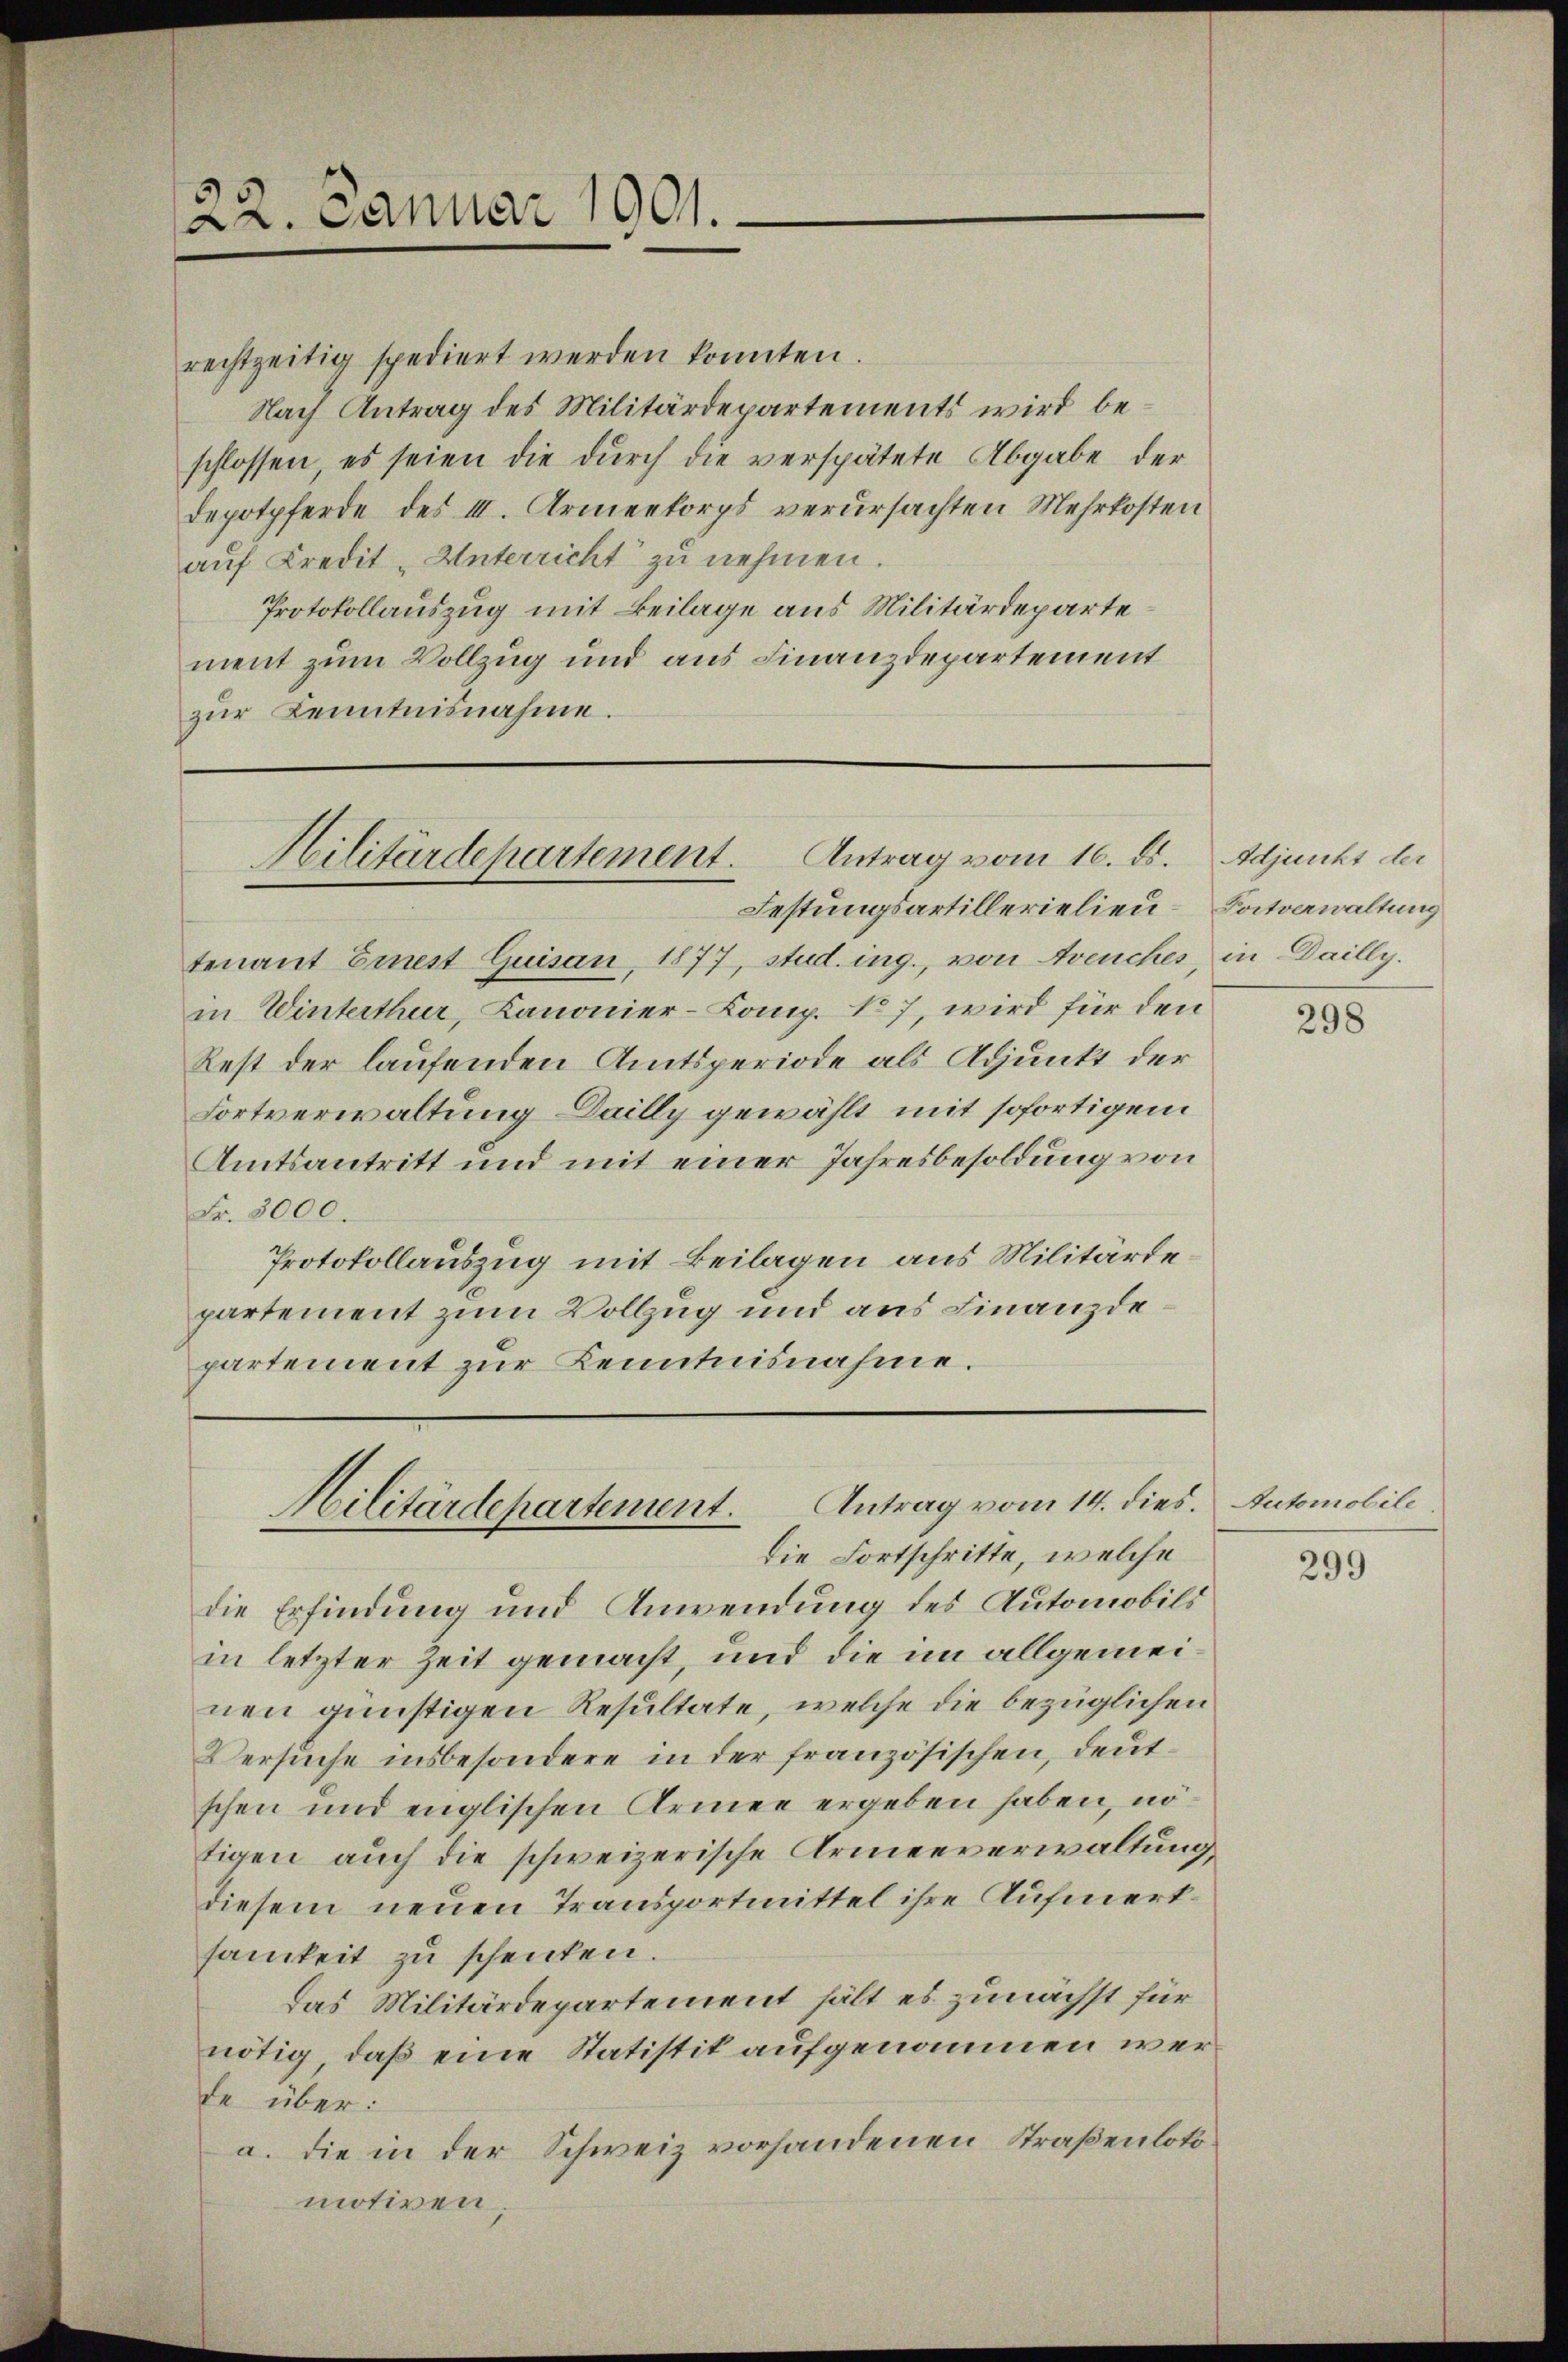
22. Januar 1901.

rechtzeitig spediert werden konnten.
Nach Antrag des Militärdepartements wird beschlossen, es seien die durch die verspätete Abgabe der
Depotpferde des III. Armeekorps verursachten Mehrkosten
auf Kredit-Unterricht zu nehmen.
Protokollauszug mit Beilage aus Militärdepartement zum Vollzug und aus Finanzdepartement
zŭr Kenntnisnahme.

Militärdepartement. Antrag vom 16. ds. Adjunkt der

tenant Einest Quisau, 1877, stud. ing., von Avenches, in Dailly.
in Winterthur, Kanonier-Comp. 17, wird für den
Rest der laufenden Amtsperiode als Adjunkt der
Fortverwaltung Dailly gewählt mit sofortigen
Amtsantritt und mit einer Jahresbesoldung von
Fr. 3000.
Protokollauszug mit Beilagen aus Militärdepartement zum Vollzug und aus Finanzdepartement zur Kenntnisnahme.

Hilitärdepartement. Antrag vom 14. dies. Automobili

Festungsartillerielien-Katoawaltung

die Fortschritte, welche
die Erfindung und Anwendung des Automobils
in letzter Zeit gemacht, und die im allgemeinen günstigen Resultate, welche die bezüglichen
Versuche insbesondere in der französischen, deutschen und englischen Armee ergeben haben, nötigen auch die schweizerische Armenverwaltung,
diesem neuen Transportmittel ihre Aufmerksamkeit zu schenken.
Das Militärdepartement hält es zunächst für
nötig, daß eine Statistit aufgenommen werde über:
a. die in der Schweiz vorhandenen Straßenlotomotiven,

298

299